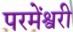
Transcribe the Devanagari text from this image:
परमेंश्वरी